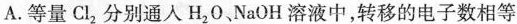
A.等量Cl_{2}分别通入H_{2}O NaOH溶液中，转移的电子数相等